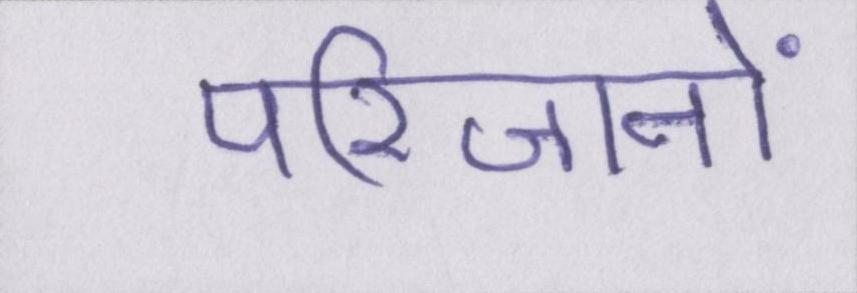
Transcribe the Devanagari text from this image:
परिजनों